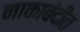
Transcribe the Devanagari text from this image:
नाकाबंदीत